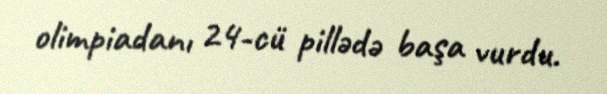
olimpiadanı 24-cü pillədə başa vurdu.